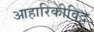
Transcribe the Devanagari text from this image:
आहारिकीविद्